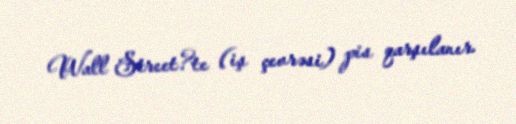
Wall Street?te (iş çevrəsi) pis qarşılanır.